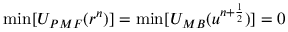
\mathrm { m i n } [ U _ { P M F } ( r ^ { n } ) ] = \mathrm { m i n } [ U _ { M B } ( u ^ { n + \frac { 1 } { 2 } } ) ] = 0